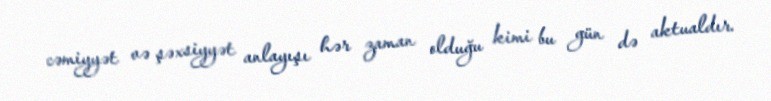
cəmiyyət və şəxsiyyət anlayışı hər zaman olduğu kimi bu gün də aktualdır.